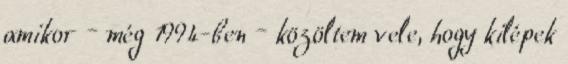
amikor – még 1994-ben – közöltem vele, hogy kilépek